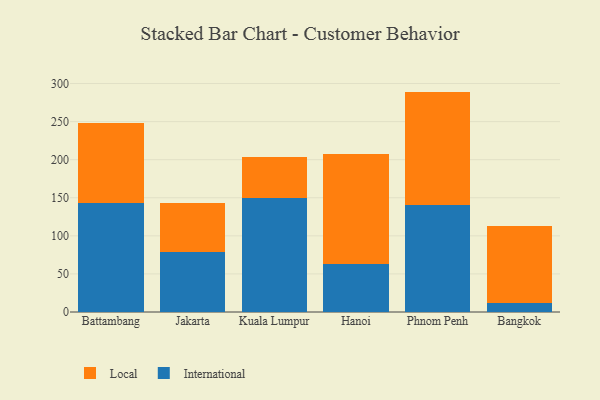
{"axis": {"x": "City", "y": "Customer Acquisition Cost (USD)"}, "legend": ["International", "Local"], "data": [{"x": "Battambang", "y": 143.6, "type": "International"}, {"x": "Battambang", "y": 104.4, "type": "Local"}, {"x": "Jakarta", "y": 78.3, "type": "International"}, {"x": "Jakarta", "y": 65.1, "type": "Local"}, {"x": "Kuala Lumpur", "y": 149.9, "type": "International"}, {"x": "Kuala Lumpur", "y": 53.5, "type": "Local"}, {"x": "Hanoi", "y": 62.7, "type": "International"}, {"x": "Hanoi", "y": 144.9, "type": "Local"}, {"x": "Phnom Penh", "y": 140.5, "type": "International"}, {"x": "Phnom Penh", "y": 148.9, "type": "Local"}, {"x": "Bangkok", "y": 11.2, "type": "International"}, {"x": "Bangkok", "y": 101.8, "type": "Local"}]}